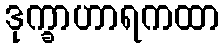
ဒုက္ခာဟာရကထာ